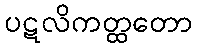
ပဋလိကတ္ထတော